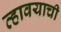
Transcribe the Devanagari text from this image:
व्हावयाची